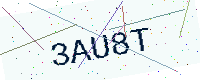
Text: 3AU8T